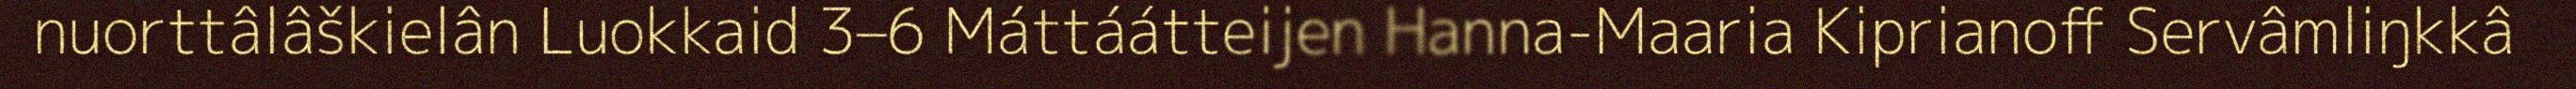
nuorttâlâškielân Luokkaid 3–6 Máttáátteijen Hanna-Maaria Kiprianoff Servâmliŋkkâ